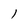
Character: l